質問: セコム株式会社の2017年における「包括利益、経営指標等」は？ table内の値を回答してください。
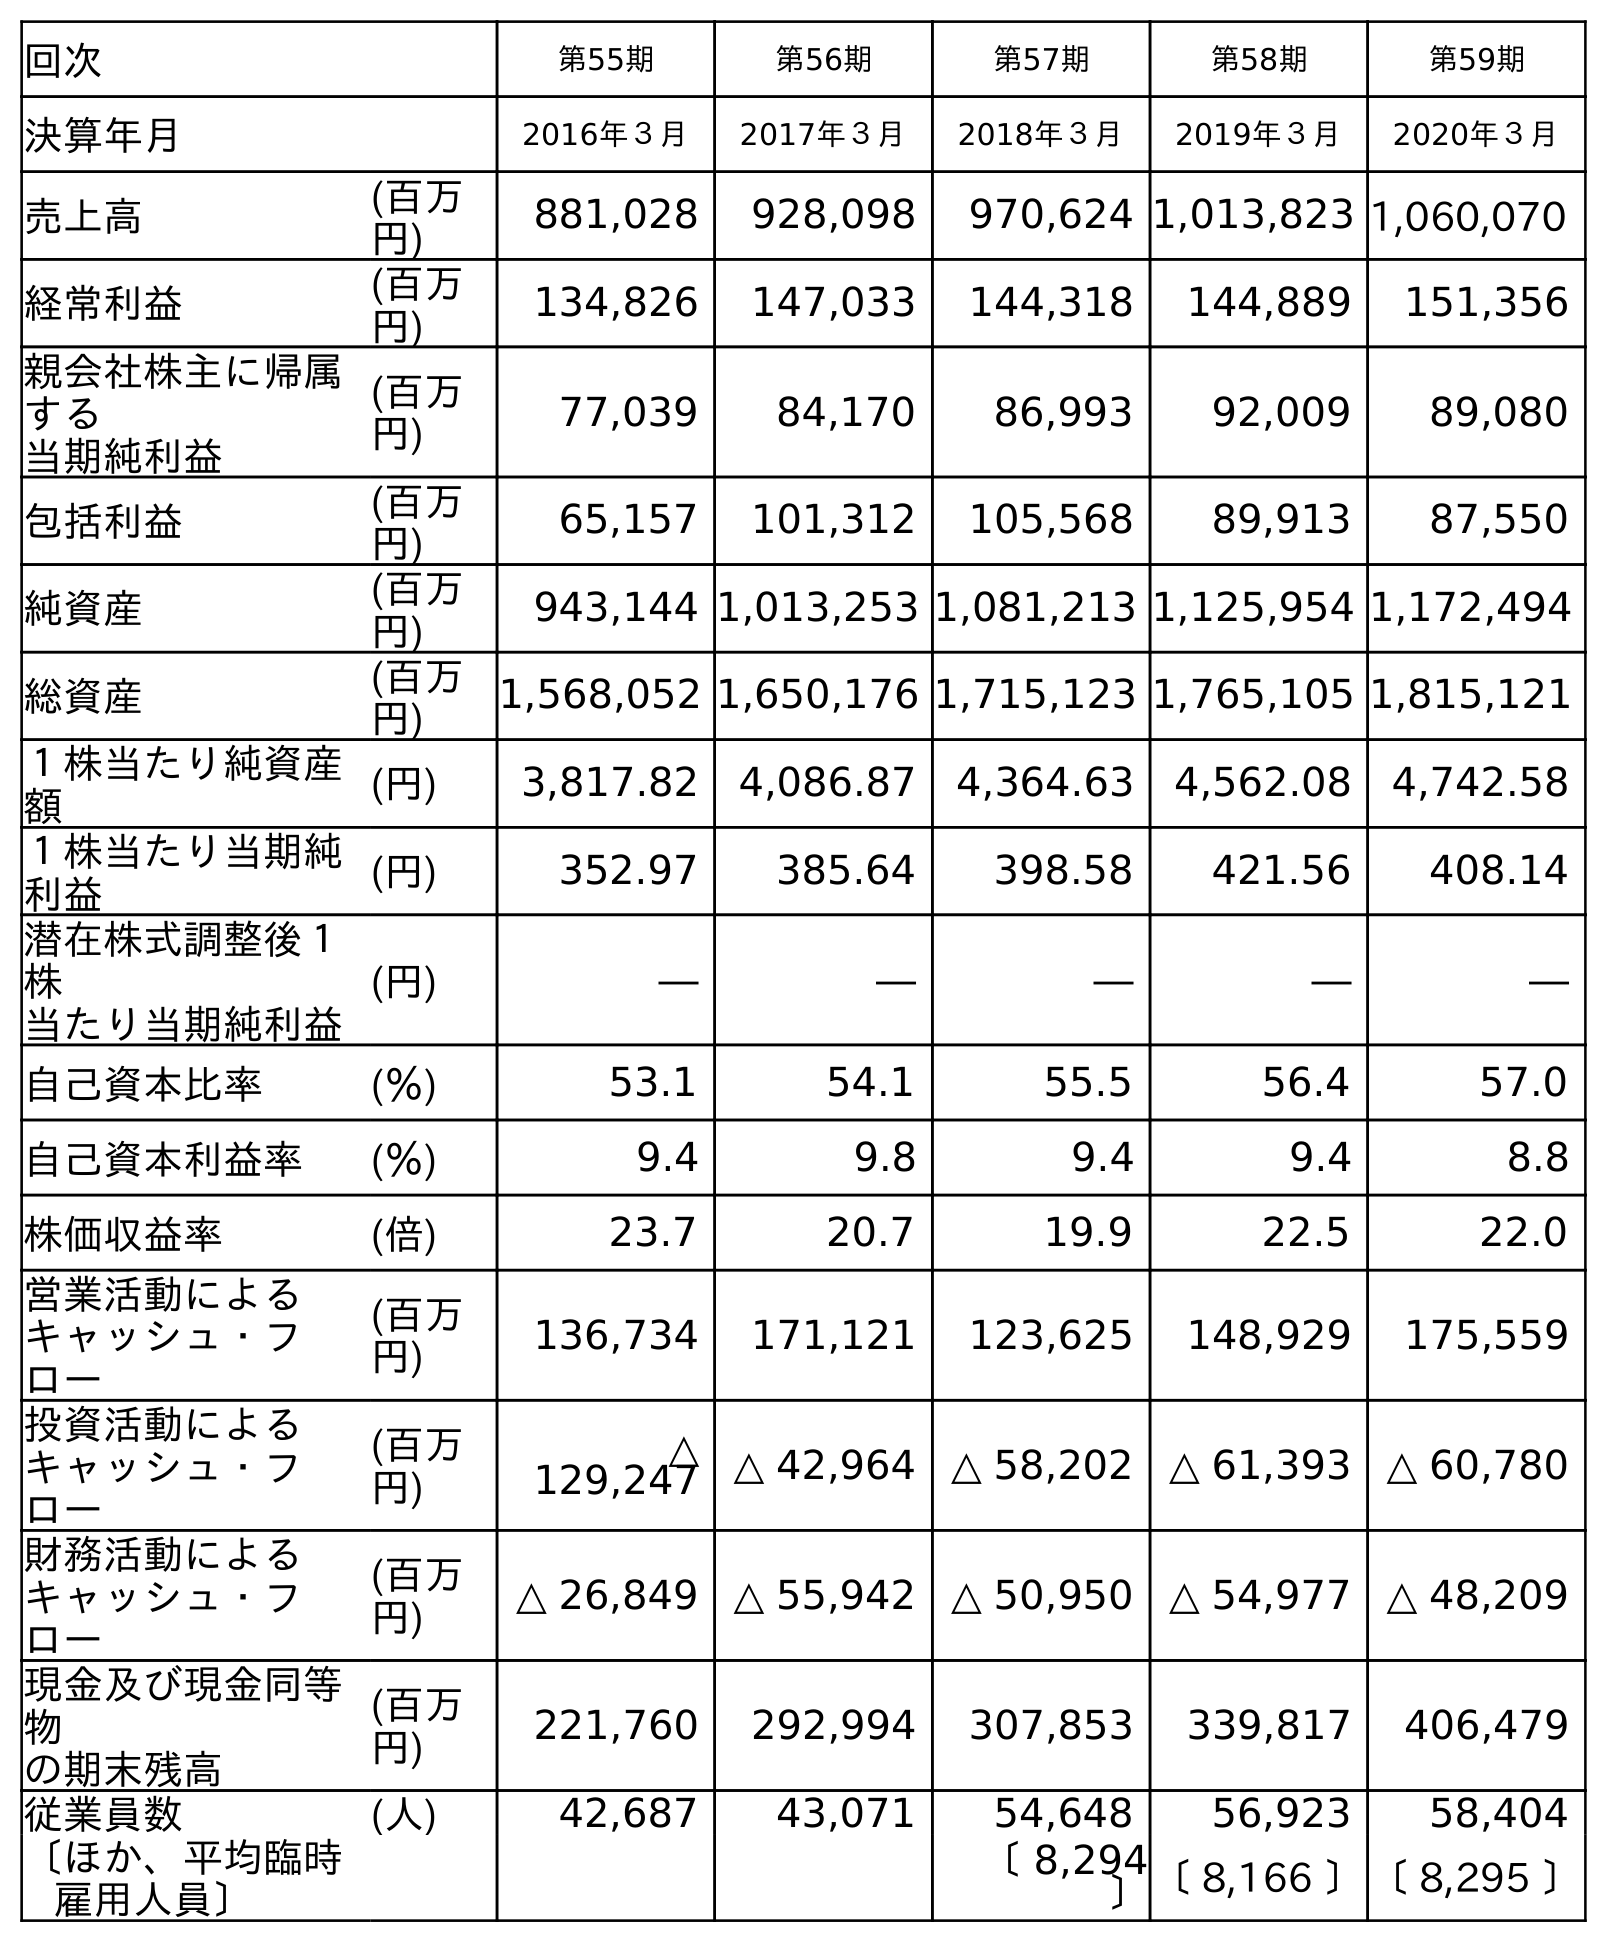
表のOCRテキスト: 回次 第55期 第56期 第57期 第58期 第59期 決算年月 2016年３月 2017年３月 2018年３月 2019年３月 2020年３月 売上高 (百万 円) 881,028 928,098 970,624 1,013,823 1,060,070 経常利益 (百万 円) 134,826 147,033 144,318 144,889 151,356 親会社株主に帰属 する 当期純利益 (百万 円) 77,039 84,170 86,993 92,009 89,080 包括利益 (百万 円) 65,157 101,312 105,568 89,913 87,550 純資産 (百万 円) 943,144 1,013,253 1,081,213 1,125,954 1,172,494 総資産 (百万 円) 1,568,052 1,650,176 1,715,123 1,765,105 1,815,121 １株当たり純資産 額 (円) 3,817.82 4,086.87 4,364.63 4,562.08 4,742.58 １株当たり当期純 利益 (円) 352.97 385.64 398.58 421.56 408.14 潜在株式調整後１ 株 当たり当期純利益 (円) ― ― ― ― ― 自己資本比率 (％) 53.1 54.1 55.5 56.4 57.0 自己資本利益率 (％) 9.4 9.8 9.4 9.4 8.8 株価収益率 (倍) 23.7 20.7 19.9 22.5 22.0 営業活動による キャッシュ・フ ロー (百万 円) 136,734 171,121 123,625 148,929 175,559 投資活動による キャッシュ・フ ロー (百万 円) △ 129,247 △ 42,964 △ 58,202 △ 61,393 △ 60,780 財務活動による キャッシュ・フ ロー (百万 円) △ 26,849 △ 55,942 △ 50,950 △ 54,977 △ 48,209 現金及び現金同等 物 の期末残高 (百万 円) 221,760 292,994 307,853 339,817 406,479 従業員数 (人) 42,687 43,071 54,648 56,923 58,404 〔ほか、平均臨時 雇用人員〕 〔 8,294 〕〔 8,166 〕〔 8,295 〕
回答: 101,312